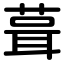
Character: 葺